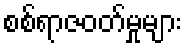
စစ်ရာဇဝတ်မှုများ